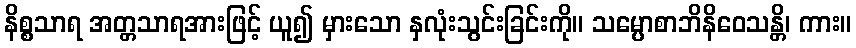
နိစ္စသာရ အတ္တသာရအားဖြင့် ယူ၍ မှားသော နှလုံးသွင်းခြင်းကို။ သမ္ပောစာဘိနိဝေသန္တိ၊ ကား။